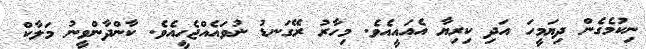
ނިކުމެގެން ދިޔަމީހަ އަދި ކިރިޔާ އެއައީއެވެ. މިހާރު ރޭގަނޑު ނުވައެއްޖެހީއެވެ. ކާންދާންވީނު މަލާކް